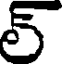
ల్